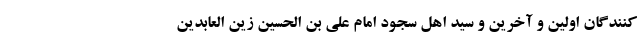
کنندگان اولین و آخرین و سید اهل سجود امام علی بن الحسین زین العابدین